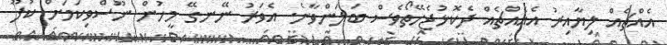
އެއްޗެއް ލިޔާއިރު އެއެއްޗެއް ދެކޮޅުޖެހޭތޯވެސް ބަލަންވާނެ. އެވަރު ނޭނގޭ މީހުން ނޫސްވިކަމަށް ކުފޫ